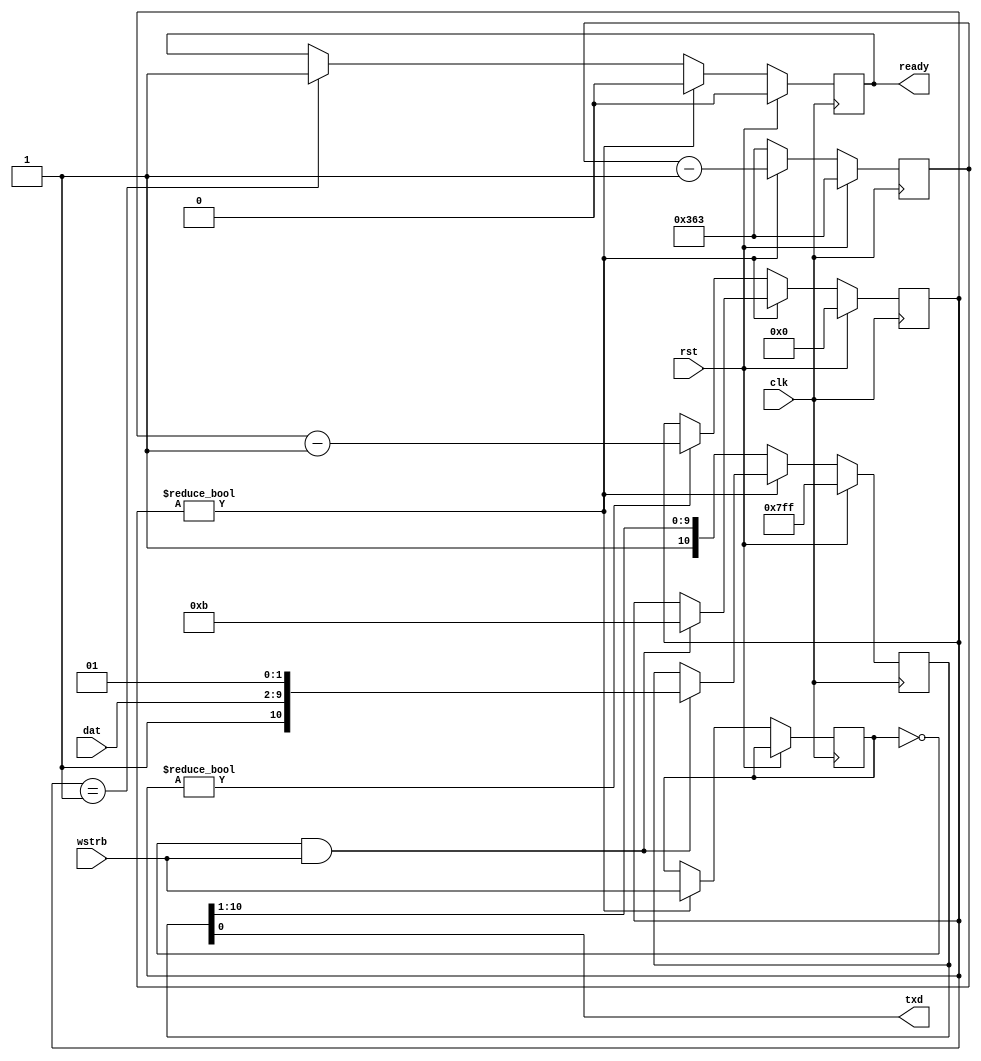
module simple_uart(
    input wire clk,
    input wire rst,
    input wire wstrb,
    output reg ready,
    input wire [7:0] dat,
    output wire txd
    );

    // 100MHz 115200 / 50MHz 57600: 868 - 1
    localparam UART_DIV = 10'd867;
    
    // 100MHz 230400 / 50MHz 115200: 434 - 1
    //localparam UART_DIV = 10'd433;

    // 50MHz 230400 / 25MHz 115200: 217 - 1
    // localparam UART_DIV = 10'd216;

    reg [9:0] counter;
    reg [3:0] tx_count;
    reg last_wstrb;
    reg [10:0] shift_reg;
    always@(posedge clk) begin
        if (rst) begin
            counter <= UART_DIV;
            tx_count <= 0;
            ready <= 1'b0;
            shift_reg <= 11'b11111111111;
        end
        else
            if (counter != 10'd0) begin
                counter <= counter - 1;
                last_wstrb <= wstrb;
                ready <= 1'b0;
                if (!last_wstrb && wstrb) begin
                              // Stop, Data, Start, Idle
                    shift_reg <= {1'b1, dat, 1'b0, 1'b1};
                    tx_count <= 4'd11;
                end
            end
            else begin
                shift_reg <= {1'b1, shift_reg[10:1]};
                counter <= UART_DIV;
                if (tx_count != 0)
                    tx_count <= tx_count - 1;
                if (tx_count == 1)
                    ready <= 1'b1; // ready only pulse 1 clock
            end
    end
    
    assign txd = shift_reg[0];

endmodule